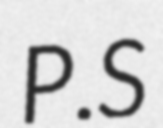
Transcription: P.S